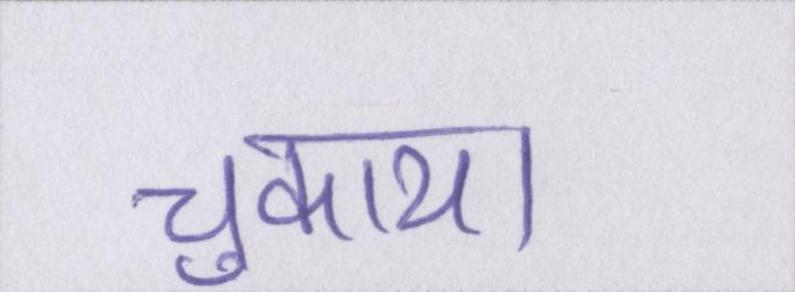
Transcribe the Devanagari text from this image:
चुकाया